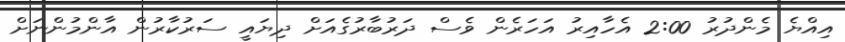
އިއްޔެ މެންދުރު 2:00 އެހާއިރު އަހަރެން ވެސް ދަރުބާރުގެއަށް ދިޔައީ ސަރުކާރުން އާންމުންނަށް